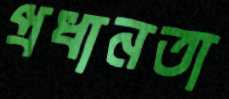
প্রধানতা